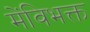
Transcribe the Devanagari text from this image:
मेंविभक्त